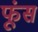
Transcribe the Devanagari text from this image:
फूंस